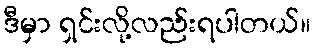
ဒီမှာ ရှင်းလို့လည်းရပါတယ်။